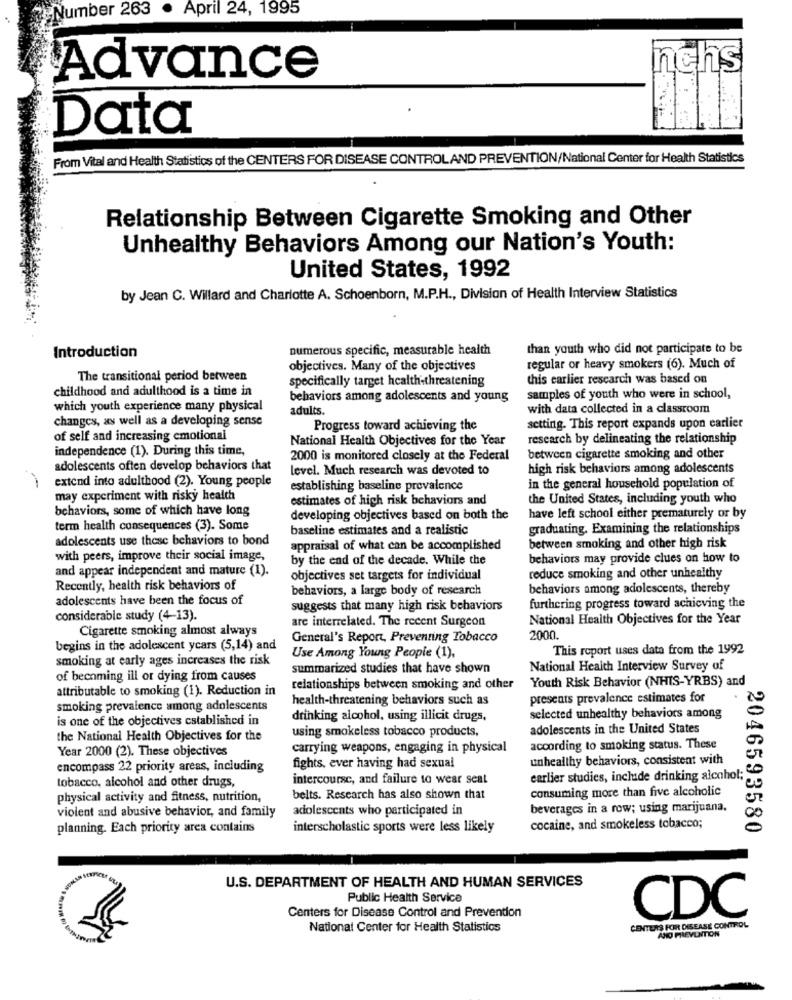
Number 263 . April 24, 1995
nchs
Advance
Data
From Vital and Health Statistics of the CENTERS FOR DISEASE CONTROLAND PREVENTION/National Center for Health Statistics
Relationship Between Cigarette Smoking and Other
Unhealthy Behaviors Among our Nation's Youth:
United States, 1992
by Jean C. Willard and Charlotte A. Schoenborn, M.P.H ., Division of Health Interview Statistics
numerous specific, measurable health
than youth who did not participate to be
Introduction
objectives. Many of the objectives
regular or heavy smokers (6). Much of
The transitional period between
specifically target health-threatening
this earlier research was based on
childhood and adulthood is a time in
behaviors among adolescents and young
samples of youth who were in school,
which youth experience many physical
adults.
with data collected in a classroom
changes, as well as a developing sense
Progress toward achieving the
setting. This report expands upon earlier
of self and increasing emotional
National Health Objectives for the Year
research by delineating the relationship
independence (1). During this time,
2000 is monitored closely at the Federal
between cigarette smoking and other
adolescents often develop behaviors that
level. Much research was devoted to
high risk behaviors among adolescents
extend into adulthood (2). Young people
establishing baseline prevalence
in the general household population of
may experiment with risky health
estimates of high risk behaviors and
the United States, including youth who
behaviors, some of which have long
developing objectives based on both the
have left school either prematurely or by
term health consequences (3). Some
baseline estimates and a realistic
graduating. Examining the relationships
adolescents use these behaviors to bond
appraisal of what can be accomplished
between smoking and other high risk
with peers, improve their social image,
by the end of the decade. While the
behaviors may provide clues on how to
and appear independent and mature (1).
objectives set targets for individual
reduce smoking and other unhealthy
Recently, health risk behaviors of
behaviors, a large body of research
behaviors among adolescents, thereby
adolescents have been the focus of
suggests that many high risk behaviors
furthering progress toward achieving the
considerable study (4-13).
are interrelated. The recent Surgeon
National Health Objectives for the Year
Cigarette smoking almost always
General's Report, Preventing Tobacco
2000
begins in the adolescent ycars (5,14) and
This roport uses data from the 1992
smoking at early ages increases the risk
Use Among Young People (1),
summarized studies that have shown
National Health Interview Survey of
of becoming ill or dying from causes
Youth Risk Behavior (NHIS-YRBS) and
attributable to smoking (1). Reduction in
relationships between smoking and other
health-threatening behaviors such as
presents prevalence estimates for
smoking prevalence among adolescents
is one of the objectives established in
drinking alcohol, using illicit drugs,
selected unhealthy behaviors among
using smokeless tobacco products.
adolescents in the United States
the National Health Objectives for the
Year 2000 (2). These objectives
carrying weapons, engaging in physical
according to smoking status. These
unhealthy behaviors, consistent with
encompass 22 priority areas, including
fights, ever having had sexual
tobacco, alcohol and other drugs,
intercourse, and failure to wear seal
earlier studies, include drinking alcohol;
consuming more than five alcoholic
physical activity and fitness, nutrition,
belts. Research has also shown that
violent and abusive behavior, and family
adolescents who participated in
beverages in a row; using marijuana.
planning. Each priority ares contains
interscholastic sports were less likely
cocaine, and smokeless tobacco;
2046593580
U.S. DEPARTMENT OF HEALTH AND HUMAN SERVICES
Public Health Service
CDC
Centers for Disease Control and Prevention
National Center for Health Statistics
CENTERS FOR DISEASE CONTROL
AND PREVENTION